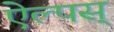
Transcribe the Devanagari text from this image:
ऐल्पस्